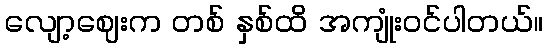
လျော့ဈေးက တစ် နှစ်ထိ အကျုံးဝင်ပါတယ်။